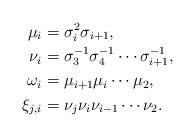
LaTeX: \begin{align*}\mu_{i} & = \sigma_{i}^{2}\sigma_{i+1},\\\nu_{i} & = \sigma_{3}^{-1}\sigma_{4}^{-1}\cdots\sigma_{i+1}^{-1},\\\omega_{i} & = \mu_{i+1}\mu_{i}\cdots\mu_{2},\\\xi_{j,i} & = \nu_{j}\nu_{i}\nu_{i-1}\cdots\nu_{2}.\end{align*}